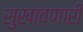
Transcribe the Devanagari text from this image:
सुखावणारी